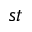
^ { s t }